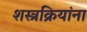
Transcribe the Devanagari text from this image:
शस्त्रक्रियांना